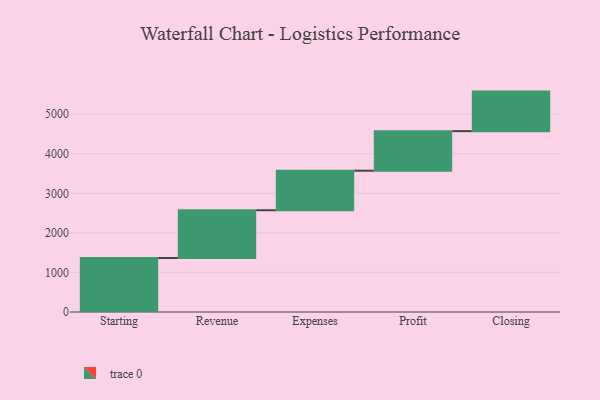
{"axis": {"x": "Step", "y": "Value"}, "legend": [""], "data": [{"x": "Starting", "y": 1365.0, "type": ""}, {"x": "Revenue", "y": 1208.0, "type": ""}, {"x": "Expenses", "y": 1000, "type": ""}, {"x": "Profit", "y": 1000, "type": ""}, {"x": "Closing", "y": 1000, "type": ""}]}